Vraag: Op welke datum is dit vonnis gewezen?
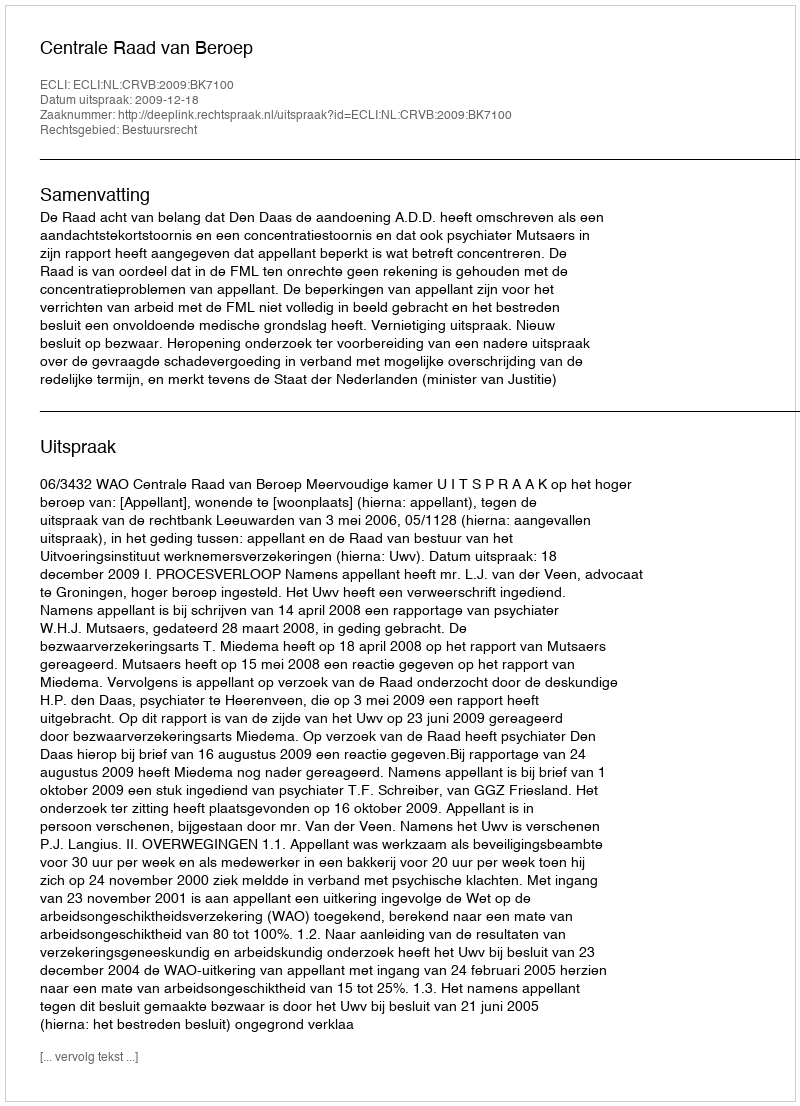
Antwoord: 2009-12-18